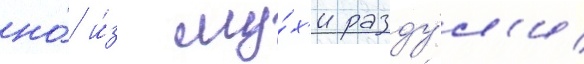
но́ и́з му́х'и разду́л'и